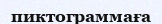
пиктограммаға